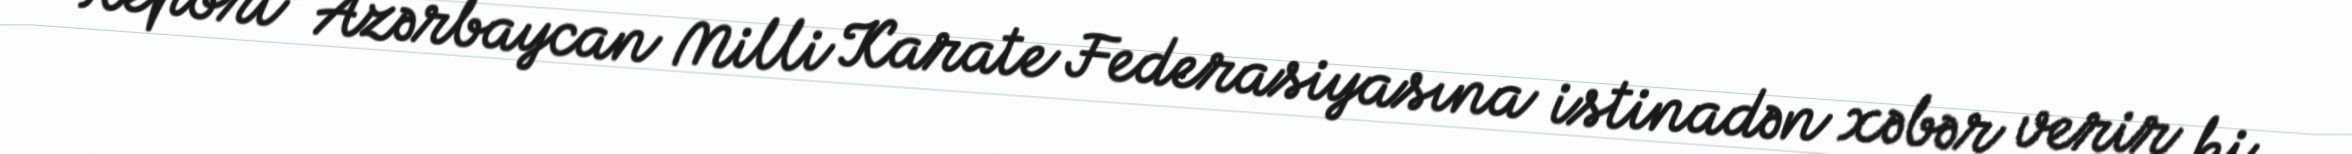
Report" Azərbaycan Milli Karate Federasiyasına istinadən xəbər verir ki,